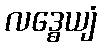
လဒ္ဓေယျံ